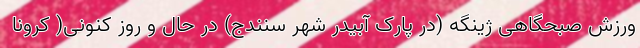
ورزش صبحگاهی ژینگه (در پارک آبیدر شهر سنندج) در حال و روز کنونی( کرونا